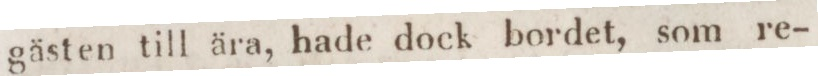
gästen till ära, hade dock bordet, som re-